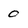
Character: 0